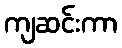
ကျဆင်းကာ